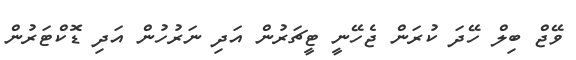
ވޭޖް ބިލް ހޭދަ ކުރަން ޖެހޭނީ ޓީޗަރުން އަދި ނަރުހުން އަދި ޑޮކްޓަރުން